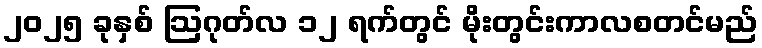
၂၀၂၅ ခုနှစ် ဩဂုတ်လ ၁၂ ရက်တွင် မိုးတွင်းကာလစတင်မည်